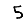
Digit: 5